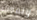
ونموت